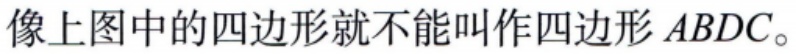
像上图中的四边形就不能叫作四边形 \(ABDC\)。